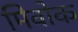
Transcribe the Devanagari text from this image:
मिवोक